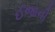
ઈજાની